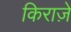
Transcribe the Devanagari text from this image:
किराज़े